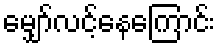
မျှော်လင့်နေကြောင်း